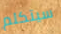
سيتكلم